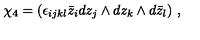
\chi _ { 4 } = ( \epsilon _ { i j k l } \bar { z } _ { i } d z _ { j } \wedge d z _ { k } \wedge d \bar { z } _ { l } ) \ ,